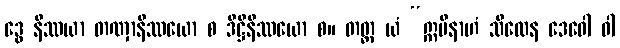
ဒွေ နိဿယာ တဏှာနိဿယော စ ဒိဋ္ဌိနိဿယော စ။ တတ္ထ ယံ “ဣမိနာဟံ သီလေန ဒေဝေါ ဝါ